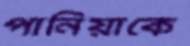
পানিয়াকে